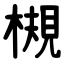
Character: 槻